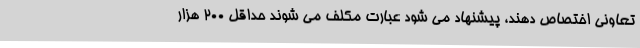
تعاونی اختصاص دهند، پیشنهاد می شود عبارت مکلف می شوند حداقل 200 هزار